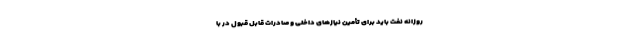
روزانه نفت باید برای تأمین نیازهای داخلی و صادرات قابل قبول در با